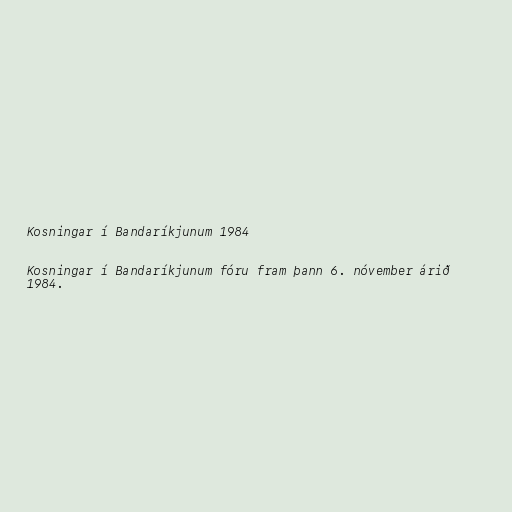
Kosningar í Bandaríkjunum 1984

Kosningar í Bandaríkjunum fóru fram þann 6. nóvember árið
1984.